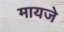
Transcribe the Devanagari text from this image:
मायजे